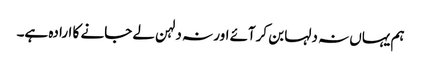
ہم یہاں نہ دلہا بن کرآئے اور نہ دلہن لے جانے کا ارادہ ہے۔